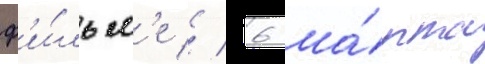
ф'и́льм'е // 6 ма́рта